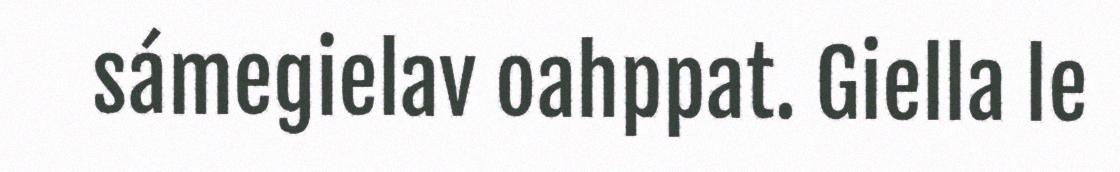
sámegielav oahppat. Giella le